Senior Leaving Certificate Examination (including Day School Certificate (Higher) General paper), 1949
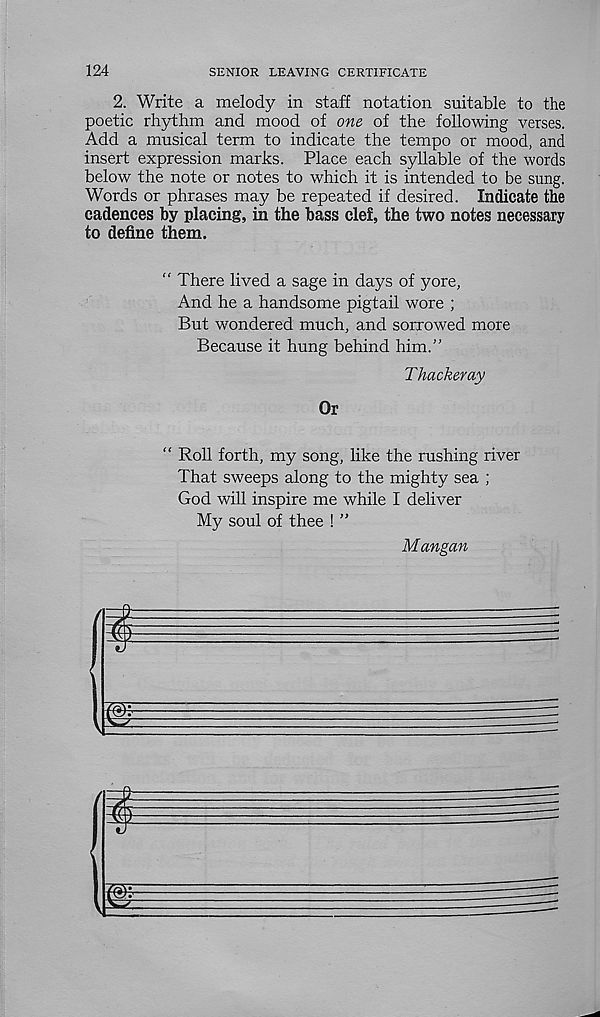
124
SENIOR LEAVING CERTIFICATE
2. Write a melody in staff notation suitable to the
poetic rhythm and mood of one of the following verses.
Add a musical term to indicate the tempo or mood, and
insert expression marks. Place each syllable of the words
below the note or notes to which it is intended to be sung.
Words or phrases may be repeated if desired. Indicate the
cadences by placing, in the bass clef, the two notes necessary
to define them.
“ There lived a sage in days of yore,
And he a handsome pigtail wore ;
But wondered much, and sorrowed more
Because it hung behind him.”
Thackeray
Or
“ Roll forth, my song, like the rushing river
That sweeps along to the mighty sea ;
God will inspire me while I deliver
My soul of thee ! ”
Mangan